Insane asylums in Bengal annual reports 1867-1875 - 1867-1875
Year: 1867
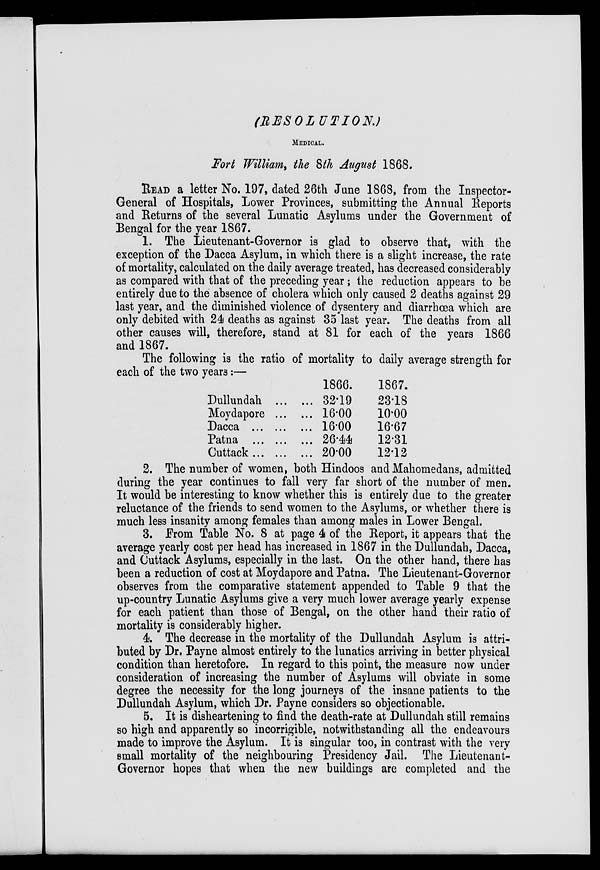
(RESOLUTION.)
MEDICAL.
Fort William, the 8th August 1868.
READ a letter No. 197, dated 26th June 1868, from the Inspector-
General of Hospitals, Lower Provinces, submitting the Annual Reports
and Returns of the several Lunatic Asylums under the Government of
Bengal for the year 1867.
1. The Lieutenant-Governor is glad to observe that, with the
exception of the Dacca Asylum, in which there is a slight increase, the rate
of mortality, calculated on the daily average treated, has decreased considerably
as compared with that of the preceding year; the reduction appears to be
entirely due to the absence of cholera which only caused 2 deaths against 29
last year, and the diminished violence of dysentery and diarrhœa which are
only debited with 24 deaths as against 35 last year. The deaths from all
other causes will, therefore, stand at 81 for each of the years 1866
and 1867.
The following is the ratio of mortality to daily average strength for
each of the two years:—
Dullundah ... ...
Moydapore ... ...
Dacca
...
... ...
Patna
...
...
...
Cuttack ... ... ...
1866.
32.19
16.00
16.00
26.44
20.00
1867.
23.18
10.00
16.67
12.31
12.12
2. The number of women, both Hindoos and Mahomedans, admitted
during the year continues to fall very far short of the number of men.
It would be interesting to know whether this is entirely due to the greater
reluctance of the friends to send women to the Asylums, or whether there is
much less insanity among females than among males in Lower Bengal.
3. From Table No. 8 at page 4 of the Report, it appears that the
average yearly cost per head has increased in 1867 in the Dullundah, Dacca,
and Cuttack Asylums, especially in the last. On the other hand, there has
been a reduction of cost at Moydapore and Patna. The Lieutenant-Governor
observes from the comparative statement appended to Table 9 that the
up-country Lunatic Asylums give a very much lower average yearly expense
for each patient than those of Bengal, on the other hand their ratio of
mortality is considerably higher.
4. The decrease in the mortality of the Dullundah Asylum is attri-
buted by Dr. Payne almost entirely to the lunatics arriving in better physical
condition than heretofore. In regard to this point, the measure now under
consideration of increasing the number of Asylums will obviate in some
degree the necessity for the long journeys of the insane patients to the
Dullundah Asylum, which Dr. Payne considers so objectionable.
5. It is disheartening to find the death-rate at Dullundah still remains
so high and apparently so incorrigible, notwithstanding all the endeavours
made to improve the Asylum. It is singular too, in contrast with the very
small mortality of the neighbouring Presidency Jail. The Lieutenant-
Governor hopes that when the new buildings are completed and the